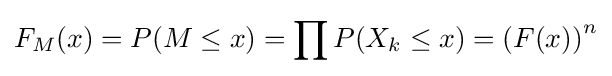
F_{M}(x)=P(M\leq x)=\prod P(X_{k}\leq x)=\left(F(x)\right)^{n}